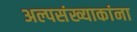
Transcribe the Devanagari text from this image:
अल्पसंख्याकांना